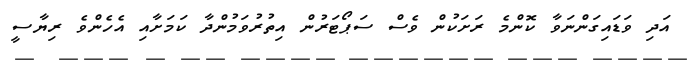
އަދި ވަޑައިގަންނަވާ ކޮންމެ ރަށަކުން ވެސް ސަޕޯޓަރުން އިތުރުވަމުންދާ ކަމަށާއި އެހެންވެ ރިޔާސީ